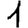
Digit: 1